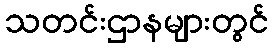
သတင်းဌာနများတွင်